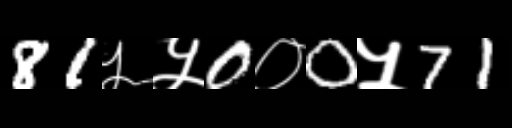
Text: 81५५0०0५71